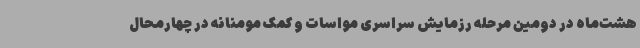
هشت‌ماه در دومین مرحله رزمایش سراسری مواسات و کمک مومنانه در چهارمحال